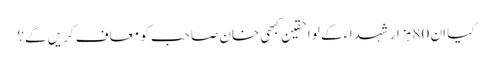
کیا ان 80 ہزار شہداء کے لواحقین کبھی خان صاحب کو معاف کریں گے؟